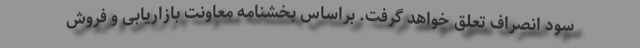
سود انصراف تعلق خواهد گرفت. براساس بخشنامه معاونت بازاریابی و فروش